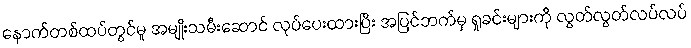
နောက်တစ်ထပ်တွင်မူ အမျိုးသမီးဆောင် လုပ်ပေးထားပြီး အပြင်ဘက်မှ ရှုခင်းများကို လွတ်လွတ်လပ်လပ်